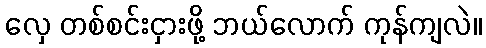
လှေ တစ်စင်းငှားဖို့ ဘယ်လောက် ကုန်ကျလဲ။